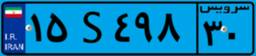
۷۵S۱۰۹۴۶